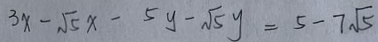
3 x - \sqrt { 5 } x - 5 y - \sqrt { 5 } y = 5 - 7 \sqrt { 5 }